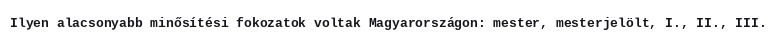
Ilyen alacsonyabb minősítési fokozatok voltak Magyarországon: mester, mesterjelölt, I., II., III.